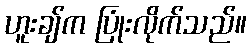
ဟူးချ်က ပြုံးလိုက်သည်။